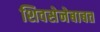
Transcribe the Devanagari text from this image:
शिवसेनेबाबत